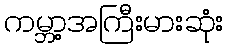
ကမ္ဘာ့အကြီးမားဆုံး